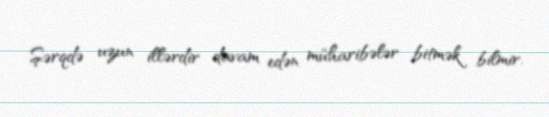
Şərqdə uzun illərdir davam edən müharibələr bitmək bilmir.